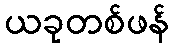
ယခုတစ်ဖန်